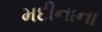
મદીનાના